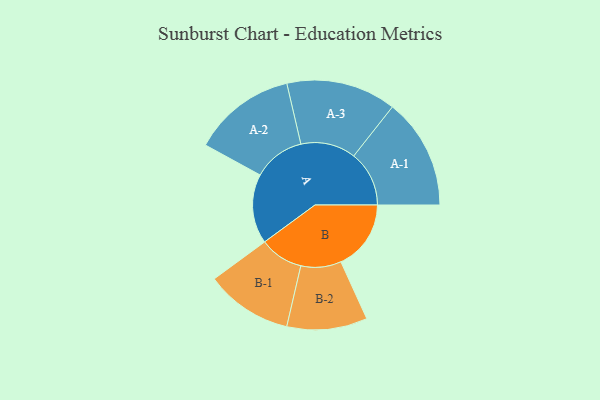
{"axis": {"x": "Segment", "y": "Value"}, "legend": ["", "A", "B"], "data": [{"x": "A", "y": 335, "type": ""}, {"x": "B", "y": 338, "type": ""}, {"x": "A-1", "y": 267, "type": "A"}, {"x": "A-2", "y": 249, "type": "A"}, {"x": "A-3", "y": 265, "type": "A"}, {"x": "B-1", "y": 210, "type": "B"}, {"x": "B-2", "y": 194, "type": "B"}]}